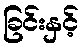
ခြင်းနှင့်